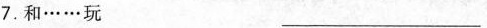
7.和……玩 ___